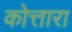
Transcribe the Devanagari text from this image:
कोत्तारा